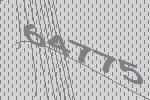
64775